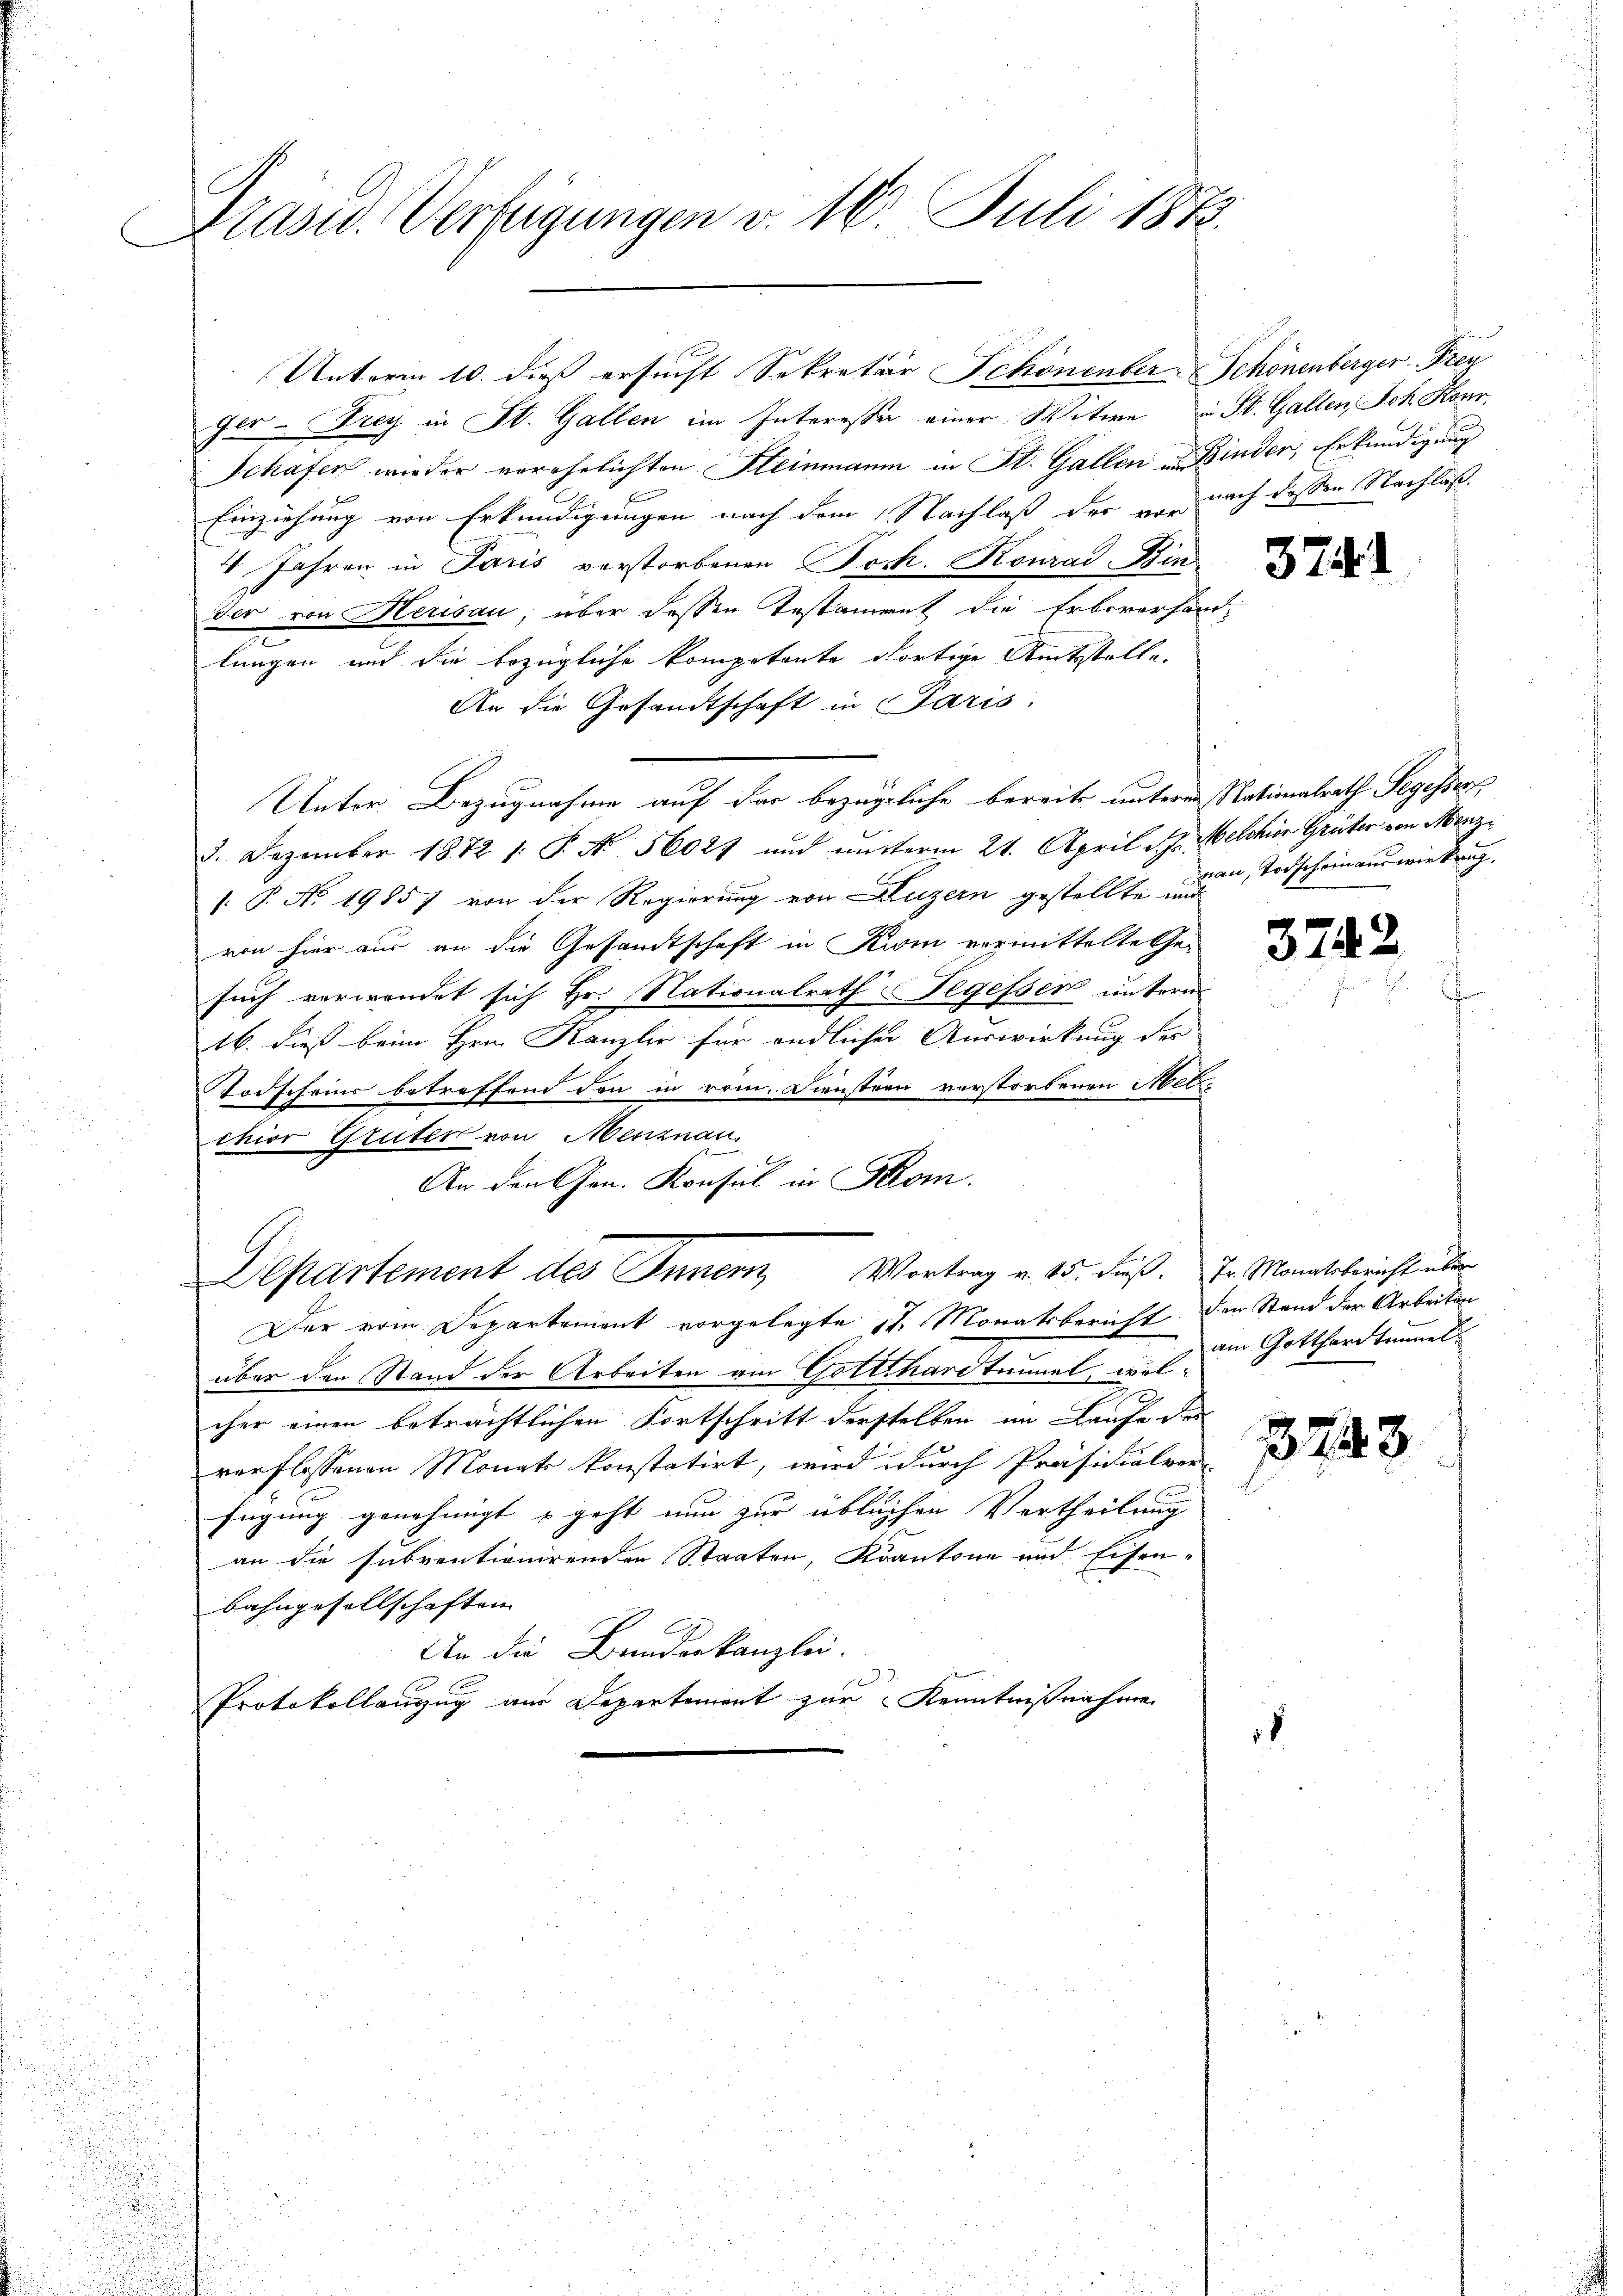
Präsid. Verfügungen v. 16. Juli 1873.

Unterm 10. dieß ersucht Sekretär Schönenber-Schönenberger Frey

ger- Drey in St. Gallen im Interesser einer Witwe u St. Gallen Ich Konr.
Schäfer wieder verehelichten Steinmann in St. Gallen in Kinder, Erkundigung
Einziehung von Erkundigungen nach dem Nachlaß der vor nach dessen Nachlasse
4 Jahren in Paris verstorbenen Joch. Konrad Bin-
der von Herisau, über dessen Testament die Erbsverhan
e
lungen und die bezügliche kompetente dortige Rückstelle,
An die Gesandtschaft in Paris.
Unter Bezugnahme auf das bezügliche bereits unterm Nationalrath Segessers
3. Dezember 1872 /: P. N. 56027 und mutterm 21. April d. J. Melchior Grüter von Menz¬
 P. No. 19857 von der Regierung von Luzern gestellte und
von hier aus an die Gesandtschaft in Uri vermittelte Ge-
such verwendet sich Hr. Nationalrath Segesser unterm
16. dieß beim Hrn. Kanzler für endlicher Auswirkung der
Todscheins betreffend den in röm. Dienstern verstorbenen Metzchior Grüter von Menznau.
An den Gen. Konsul in Strom.
Departement des Innern, Vortrag v. 15. Fuß.
Der vom Departement vorgelegte 11 Monatsbericht den Stand der Arbeiten
über den Stand der Arbeiten am Gotthardtunnel, welcher einen beträchtlichen Fortschritt derstellen im Laufe der
verflossenen Monats konstatirt, wird durch Präsidialver-
fügung genehmigt u geht nun zur üblichen Vertheilung
an die subventionirenden Staaten, Kantone und Eisen-
bahngesellschaften |
An die Bundeskanzlei.
di
Protokollanzug aus Departement zur Kenntnißnahme

37.

man, Todscheinaus wirkung.

1

3742

Pr. Monatsbericht über
am Gotthardtunnel

3243